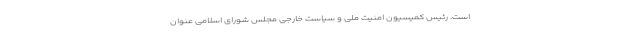
است. رئیس کمیسیون امنیت ملی و سیاست خارجی مجلس شورای اسلامی عنوان